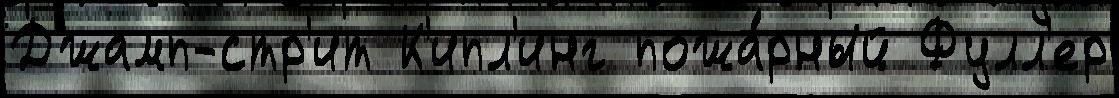
Джамп-стр'ит К'ипл'инг пожа́рный Фулл'ер